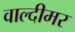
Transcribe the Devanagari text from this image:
वाल्दीमर